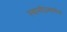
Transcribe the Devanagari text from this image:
स्वामीप्रमाणेच